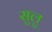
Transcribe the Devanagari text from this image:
सुलु